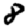
Digit: 8